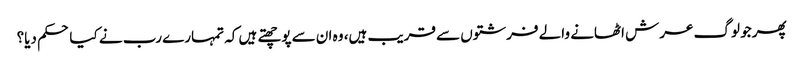
پھر جو لوگ عرش اٹھانے والے فرشتوں سے قریب ہیں، وہ ان سے پوچھتے ہیں کہ تمہارے رب نے کیا حکم دیا؟